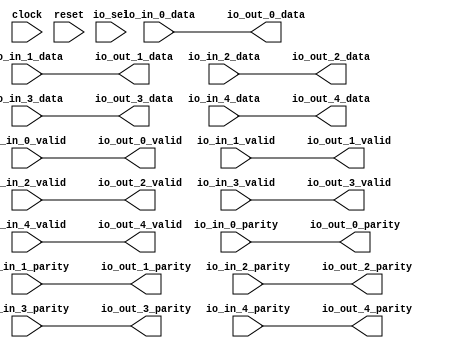
module interface_connect(
  input         clock,
  input         reset,
  input  [15:0] io_in_0_data,
  input         io_in_0_valid,
  input  [4:0]  io_in_0_parity,
  input  [15:0] io_in_1_data,
  input         io_in_1_valid,
  input  [4:0]  io_in_1_parity,
  input  [15:0] io_in_2_data,
  input         io_in_2_valid,
  input  [4:0]  io_in_2_parity,
  input  [15:0] io_in_3_data,
  input         io_in_3_valid,
  input  [4:0]  io_in_3_parity,
  input  [15:0] io_in_4_data,
  input         io_in_4_valid,
  input  [4:0]  io_in_4_parity,
  input  [2:0]  io_sel,
  output [15:0] io_out_0_data,
  output        io_out_0_valid,
  output [4:0]  io_out_0_parity,
  output [15:0] io_out_1_data,
  output        io_out_1_valid,
  output [4:0]  io_out_1_parity,
  output [15:0] io_out_2_data,
  output        io_out_2_valid,
  output [4:0]  io_out_2_parity,
  output [15:0] io_out_3_data,
  output        io_out_3_valid,
  output [4:0]  io_out_3_parity,
  output [15:0] io_out_4_data,
  output        io_out_4_valid,
  output [4:0]  io_out_4_parity
);
  assign io_out_0_data = io_in_0_data; // @[interface_connect.scala 29:10]
  assign io_out_0_valid = io_in_0_valid; // @[interface_connect.scala 29:10]
  assign io_out_0_parity = io_in_0_parity; // @[interface_connect.scala 29:10]
  assign io_out_1_data = io_in_1_data; // @[interface_connect.scala 29:10]
  assign io_out_1_valid = io_in_1_valid; // @[interface_connect.scala 29:10]
  assign io_out_1_parity = io_in_1_parity; // @[interface_connect.scala 29:10]
  assign io_out_2_data = io_in_2_data; // @[interface_connect.scala 29:10]
  assign io_out_2_valid = io_in_2_valid; // @[interface_connect.scala 29:10]
  assign io_out_2_parity = io_in_2_parity; // @[interface_connect.scala 29:10]
  assign io_out_3_data = io_in_3_data; // @[interface_connect.scala 29:10]
  assign io_out_3_valid = io_in_3_valid; // @[interface_connect.scala 29:10]
  assign io_out_3_parity = io_in_3_parity; // @[interface_connect.scala 29:10]
  assign io_out_4_data = io_in_4_data; // @[interface_connect.scala 29:10]
  assign io_out_4_valid = io_in_4_valid; // @[interface_connect.scala 29:10]
  assign io_out_4_parity = io_in_4_parity; // @[interface_connect.scala 29:10]
endmodule